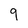
Character: 9